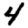
Digit: 4